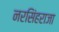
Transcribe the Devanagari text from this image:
नरसिंहराजा